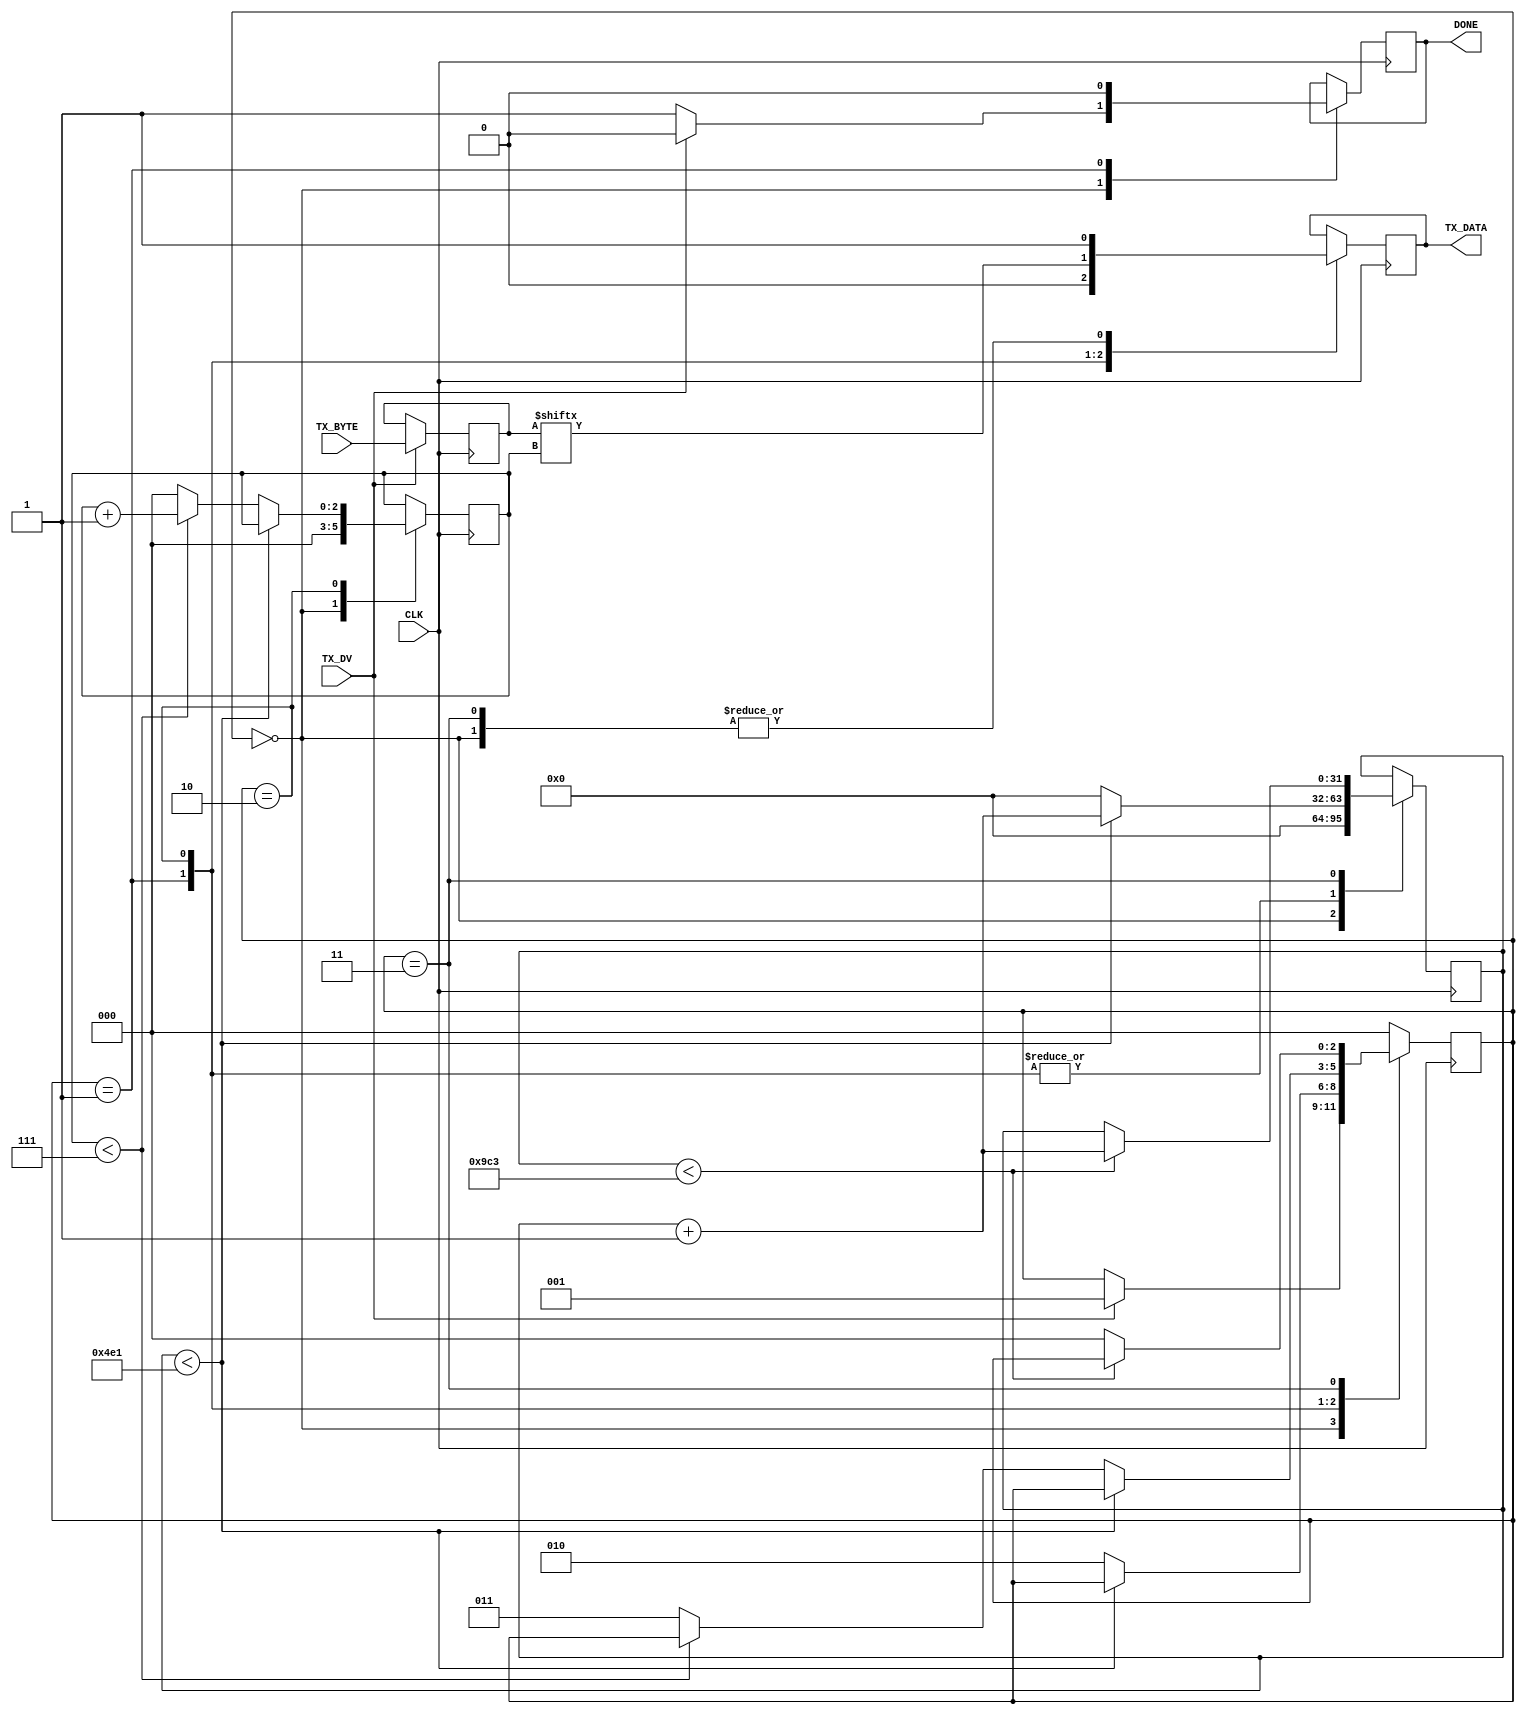
module uart_tx2 (
    input       CLK,
    input       TX_DV,
    input [7:0] TX_BYTE,
    output      TX_DATA,
    output      DONE // done sending, ready for new data
);

    // BAUD:             9600     | 115200  | 921600
    // -------------------------------------------------
    // Clks/Bit @ 12MHz: 1250.000 | 104.167 | 13.021
    // Clks/Bit @ 30MHz: 3125.000 | 260.417 | 32.552
    // Clks/Bit @ 50MHz: 5208.333 | 434.028 | 54.253
    // Clks/Bit @ 75MHz: 7812.500 | 651.042 | 81.380

    parameter F_CLK = 12_000_000;
    parameter UART_BAUD = 9600;
    parameter CLKS_PER_BIT = (F_CLK / UART_BAUD);
    parameter STOP_BITS = 2;

    parameter IDLE    = 3'b000;
    parameter START   = 3'b001;
    parameter DATA    = 3'b010;
    parameter STOP    = 3'b011;
    parameter CLEANUP = 3'b100;

    // If new data available and done sending copy it in
    always @(posedge CLK) begin
        if (TX_DV) begin
            Tx_Byte <= TX_BYTE;
        end
        else begin
            Tx_Byte <= Tx_Byte;
        end
    end

    reg [7:0]  Tx_Byte     = 0;
    reg        Tx_Data     = 0;
    reg        Done        = 0;
    reg [2:0]  Bit_Idx     = 0;
    reg [31:0] Clock_Count = 0;
    reg [2:0]  State       = IDLE;

    always @(posedge CLK) begin
        case (State)
            IDLE: begin
                Tx_Data     <= 1; // idle high
                Done        <= 1;
                Bit_Idx     <= 0;
                Clock_Count <= 0;

                if (TX_DV == 1) begin
                    State <= START;
                    Done <= 0;
                end
            end

            START: begin // send the start bit
                Tx_Data <= 0; // start bit
                Done    <= 0;

                if (Clock_Count < CLKS_PER_BIT - 1 ) begin
                    Clock_Count <= Clock_Count + 1;
                end
                else begin
                    Clock_Count <= 0;
                    State       <= DATA;
                end
            end

            DATA: begin
                Tx_Data <= Tx_Byte[Bit_Idx];

                if (Clock_Count < CLKS_PER_BIT - 1) begin
                    Clock_Count <= Clock_Count + 1;
                end
                else begin
                    Clock_Count <= 0;

                    if (Bit_Idx < 7) begin
                        Bit_Idx <= Bit_Idx + 1;
                    end
                    else begin
                        Bit_Idx <= 0;
                        State <= STOP;
                    end
                end
            end

            STOP: begin
                Tx_Data <= 1;

                if (Clock_Count < STOP_BITS*CLKS_PER_BIT - 1) begin
                    Clock_Count <= Clock_Count + 1;
                end
                else begin
                    State <= IDLE;
                end
            end

            default: begin
                State <= IDLE;
            end
        endcase
    end

    assign DONE    = Done;
    assign TX_DATA = Tx_Data;
endmodule